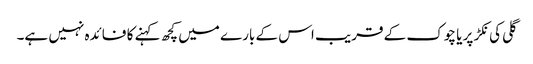
گلی کی نکڑ پر یا چوک کے قریب اس کے بارے میں کچھ کہنے کا فائدہ نہیں ہے۔